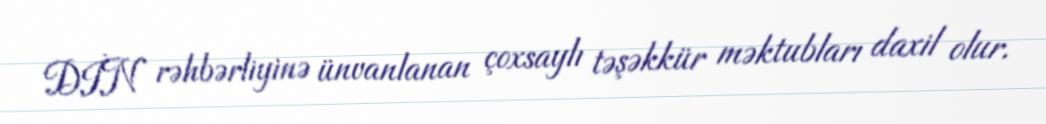
DİN rəhbərliyinə ünvanlanan çoxsaylı təşəkkür məktubları daxil olur.